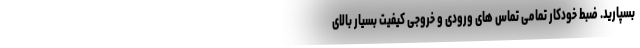
بسپارید. ضبط خودکار تمامی تماس های ورودی و خروجی کیفیت بسیار بالای